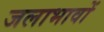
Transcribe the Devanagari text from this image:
जलाभावों